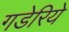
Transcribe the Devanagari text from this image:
गडेरिये